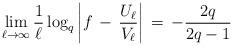
LaTeX: \begin{align*}\lim_{\ell \to \infty}\frac{1}{\ell} \log_{q} \left| f \, - \, \frac{U_{\ell}}{V_{\ell}} \right| \, = \, -\frac{2q}{2q - 1}\end{align*}